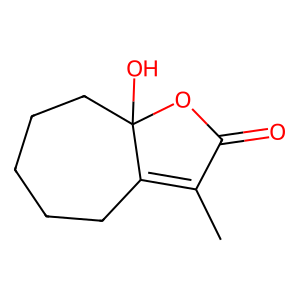
SMILES: CC1=C2CCCCCC2(O)OC1=O
Inhibits HIV replication: No